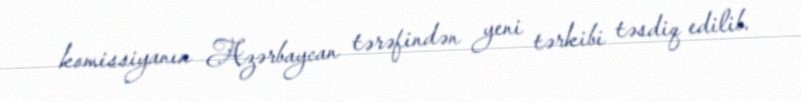
komissiyanın Azərbaycan tərəfindən yeni tərkibi təsdiq edilib.